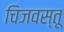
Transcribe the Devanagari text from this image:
चिजवस्तू